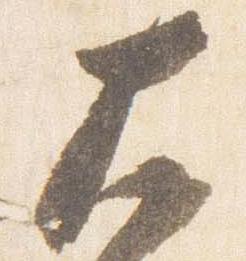
大